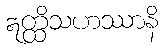
ဣတ္ထိသဟဿာနိ